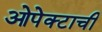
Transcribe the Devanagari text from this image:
ओपेक्टाची